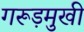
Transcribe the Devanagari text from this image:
गरूड़मुखी